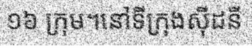
១៦ ក្រុម។នៅទីក្រុងស៊ីដនី